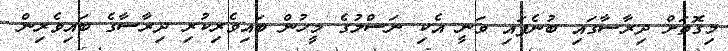
މިގޮތަށް ދިރާސާގައި ބުނެފައި ވަނީ އެކި ނަސްލުގެ މީހުން ބައިވެރިކުރި ދިރާސާގެ ބައިވެރިން